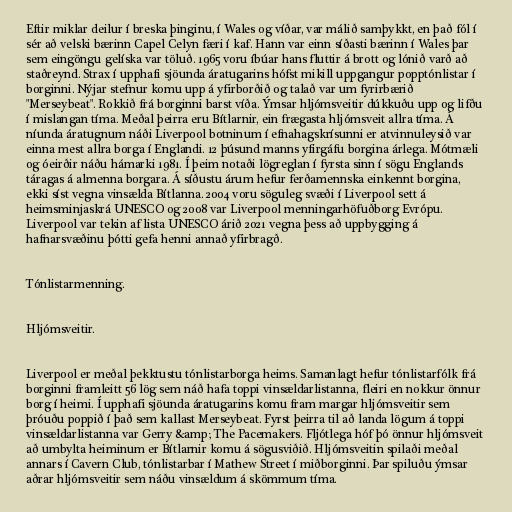
Eftir miklar deilur í breska þinginu, í Wales og víðar, var málið samþykkt, en það fól í
sér að velski bærinn Capel Celyn færi í kaf. Hann var einn síðasti bærinn í Wales þar
sem eingöngu gelíska var töluð. 1965 voru íbúar hans fluttir á brott og lónið varð að
staðreynd. Strax í upphafi sjöunda áratugarins hófst mikill uppgangur popptónlistar í
borginni. Nýjar stefnur komu upp á yfirborðið og talað var um fyrirbærið
"Merseybeat". Rokkið frá borginni barst víða. Ýmsar hljómsveitir dúkkuðu upp og lifðu
í mislangan tíma. Meðal þeirra eru Bítlarnir, ein frægasta hljómsveit allra tíma. Á
níunda áratugnum náði Liverpool botninum í efnahagskrísunni er atvinnuleysið var
einna mest allra borga í Englandi. 12 þúsund manns yfirgáfu borgina árlega. Mótmæli
og óeirðir náðu hámarki 1981. Í þeim notaði lögreglan í fyrsta sinn í sögu Englands
táragas á almenna borgara. Á síðustu árum hefur ferðamennska einkennt borgina,
ekki síst vegna vinsælda Bítlanna. 2004 voru söguleg svæði í Liverpool sett á
heimsminjaskrá UNESCO og 2008 var Liverpool menningarhöfuðborg Evrópu.
Liverpool var tekin af lista UNESCO árið 2021 vegna þess að uppbygging á
hafnarsvæðinu þótti gefa henni annað yfirbragð.

Tónlistarmenning.

Hljómsveitir.

Liverpool er meðal þekktustu tónlistarborga heims. Samanlagt hefur tónlistarfólk frá
borginni framleitt 56 lög sem náð hafa toppi vinsældarlistanna, fleiri en nokkur önnur
borg í heimi. Í upphafi sjöunda áratugarins komu fram margar hljómsveitir sem
þróuðu poppið í það sem kallast Merseybeat. Fyrst þeirra til að landa lögum á toppi
vinsældarlistanna var Gerry &amp; The Pacemakers. Fljótlega hóf þó önnur hljómsveit
að umbylta heiminum er Bítlarnir komu á sögusviðið. Hljómsveitin spilaði meðal
annars í Cavern Club, tónlistarbar í Mathew Street í miðborginni. Þar spiluðu ýmsar
aðrar hljómsveitir sem náðu vinsældum á skömmum tíma.